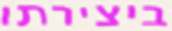
ביצירתו